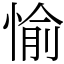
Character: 愉